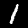
Digit: 1